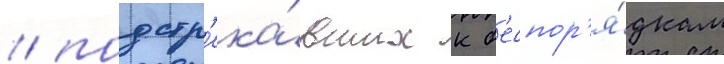
/ подстр'ека́вших к б'еспор'я́дкам